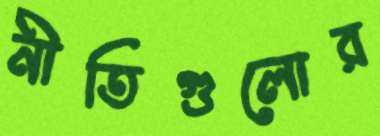
নীতিগুলোর